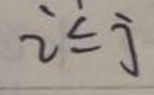
$i \leq j$